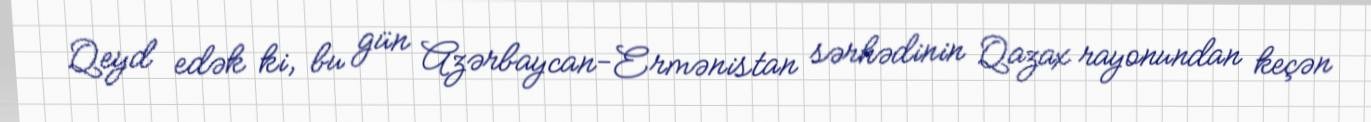
Qeyd edək ki, bu gün Azərbaycan-Ermənistan sərhədinin Qazax rayonundan keçən